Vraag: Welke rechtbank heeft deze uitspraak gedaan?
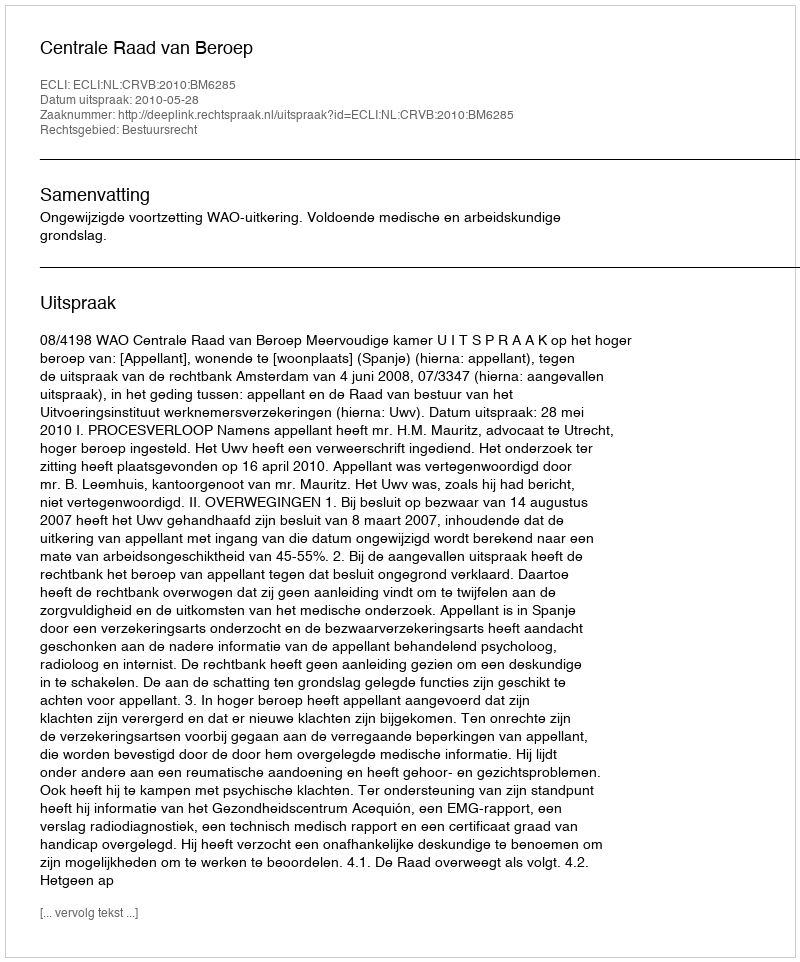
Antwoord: Centrale Raad van Beroep